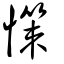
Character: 憡